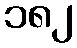
၁၈၂